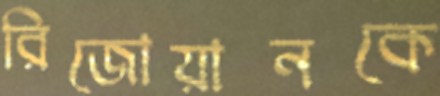
রিজোয়ানকে